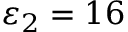
\varepsilon _ { 2 } = 1 6